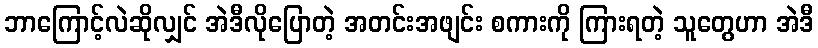
ဘာကြောင့်လဲဆိုလျှင် အဲဒီလိုပြောတဲ့ အတင်းအဖျင်း စကားကို ကြားရတဲ့ သူတွေဟာ အဲဒီ